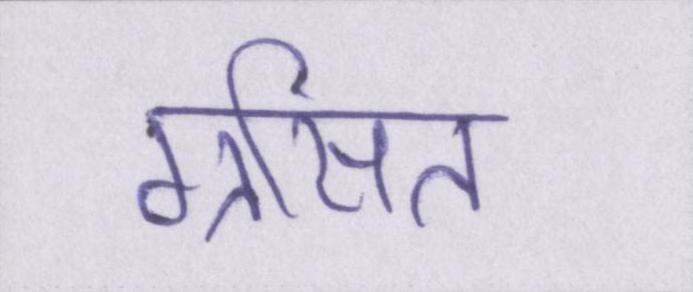
ग्रसित